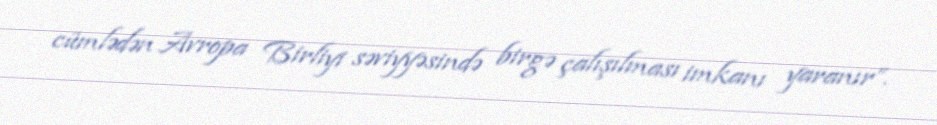
cümlədən Avropa Birliyi səviyyəsində birgə çalışılması imkanı yaranır”.